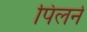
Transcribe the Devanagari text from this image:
पिलर्न